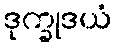
ဒုက္ခုဒယံ